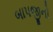
બાપજીનો